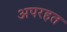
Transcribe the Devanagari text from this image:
अपरहत